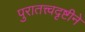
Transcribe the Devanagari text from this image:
पुरातत्त्वदृष्टीने